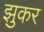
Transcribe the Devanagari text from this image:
झुकर